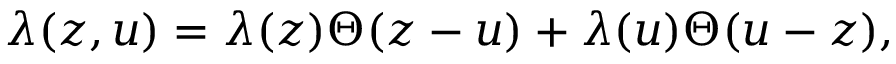
\lambda ( z , u ) = \lambda ( z ) \Theta ( z - u ) + \lambda ( u ) \Theta ( u - z ) ,